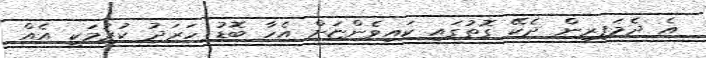
އެ ދެމަފިރިން ދެކޭ ގޮތުގައި ކައިވެންޏަށް އެހާ ބޮޑު ހަރަދު ކުރުމަކީ އެއް